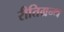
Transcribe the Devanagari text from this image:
रीतिग्रन्थ